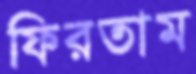
ফিরতাম